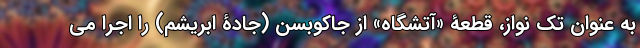
به عنوان تک نواز، قطعۀ «آتشگاه» از جاکوبسن (جادۀ ابریشم) را اجرا می